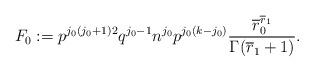
LaTeX: \begin{align*}F_0 := p^{j_0(j_0+1)2} q^{j_0-1} n^{j_0} p^{j_0(k-j_0)} \frac{ \overline r_0^{\overline r_1}} {\Gamma(\overline r_1 +1)}.\end{align*}